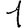
Digit: 1